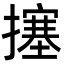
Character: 㩙